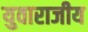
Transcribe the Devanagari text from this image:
युवाराजीय